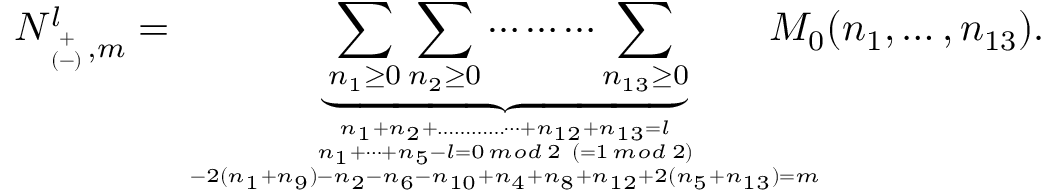
N _ { { \scriptscriptstyle + \atop ( - ) } , m } ^ { l } = \underbrace { \sum _ { n _ { 1 } \ge 0 } \sum _ { n _ { 2 } \ge 0 } \cdots \cdots \cdots \sum _ { n _ { 1 3 } \ge 0 } } _ { n _ { 1 } + n _ { 2 } + \dots \dots \dots \dots \dots + n _ { 1 2 } + n _ { 1 3 } = l \atop { n _ { 1 } + \dots + n _ { 5 } - l = 0 \, m o d \; 2 \; \; ( = 1 \, m o d \; 2 ) \atop - 2 ( n _ { 1 } + n _ { 9 } ) - n _ { 2 } - n _ { 6 } - n _ { 1 0 } + n _ { 4 } + n _ { 8 } + n _ { 1 2 } + 2 ( n _ { 5 } + n _ { 1 3 } ) = m } } \! \! \! \! \! \! \! \! \! \! M _ { 0 } ( n _ { 1 } , \dots , n _ { 1 3 } ) .